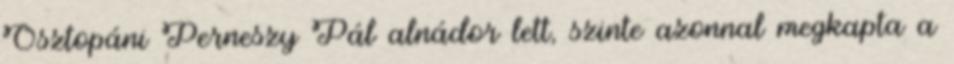
Osztopáni Perneszy Pál alnádor lett, szinte azonnal megkapta a